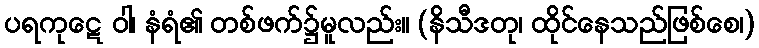
ပရကုဋေ ဝါ၊ နံရံ၏ တစ်ဖက်၌မူလည်း။ (နိသီဒတု၊ ထိုင်နေသည်ဖြစ်စေ၊)